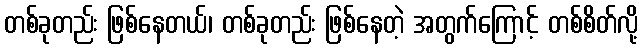
တစ်ခုတည်း ဖြစ်နေတယ်၊ တစ်ခုတည်း ဖြစ်နေတဲ့ အတွက်ကြောင့် တစ်စိတ်လို့